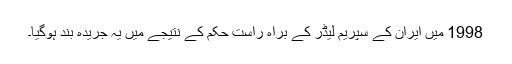
1998 میں ایران کے سپریم لیڈر کے براہ راست حکم کے نتیجے میں یہ جریدہ بند ہوگیا۔